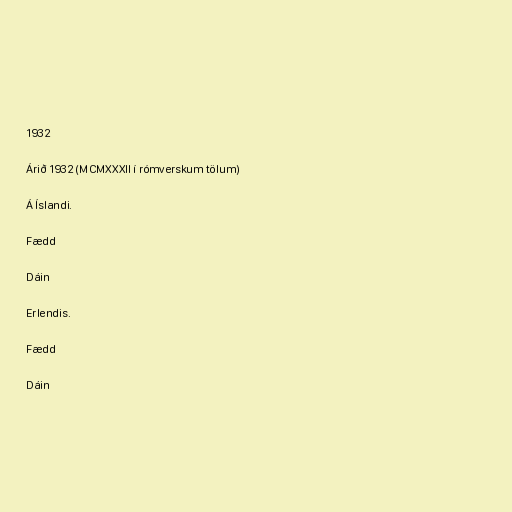
1932

Árið 1932 (MCMXXXII í rómverskum tölum)

Á Íslandi.

Fædd

Dáin

Erlendis.

Fædd

Dáin